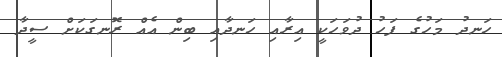
ހަނދު މަހުގެ ފަހު ދުވަހަކީ އިރާއި ހަނދާއި ބިން އެއް ރޮނގަކަށް ސީދާ